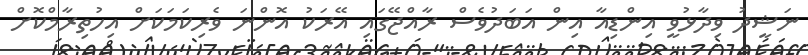
ނަޝީދު ވިދާޅުވީ އިންޑިއާ އިން އަބަދުވެސް ރާއްޖޭގައި އޭރަކު އޮންނަ ވެރިކަމަކަށް އިހުތިރާމްކޮށް